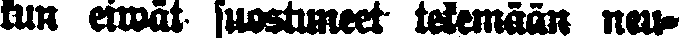
kun eiwät suostuneet tekemään neu-